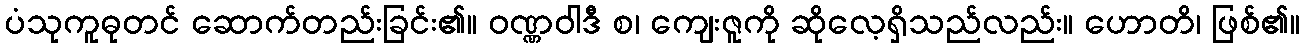
ပံသုကူဓုတင် ဆောက်တည်းခြင်း၏။ ဝဏ္ဏဝါဒီ စ၊ ကျေးဇူကို ဆိုလေ့ရှိသည်လည်း။ ဟောတိ၊ ဖြစ်၏။